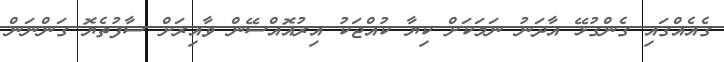
ގެއެއްގައި ގެންގުޅޭ އާދަނު ނަމަކަށް ކިޔާ ކުއްޖަކު އިރުއޮއްސޭން ވާއިރަށް ސާފުތެޔޮ ގަންނަން